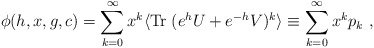
\begin{align*}\phi (h, x, g, c) =\sum_{k = 0}^{\infty} x^k \langle{\rm Tr}\; (e^{h}U + e^{-h}V)^k \rangle\equiv \sum_{k = 0}^{\infty} x^kp_k\ ,\end{align*}